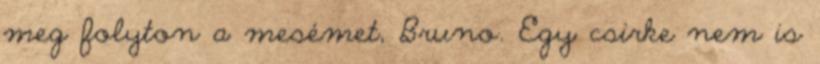
meg folyton a mesémet, Bruno. Egy csirke nem is